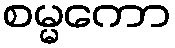
စမ္မကော